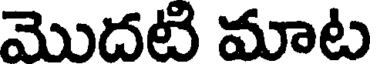
మొదటి మాట